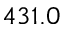
4 3 1 . 0